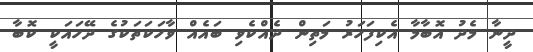
ދީނާ މެދު އޮބާމާ އެކިފަހަރު މަތިން ދެއްކެވި ބައެއް ވާހަކަތަކުގެ ދޭހައަކީ ކޮބާ